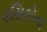
રસિકોના